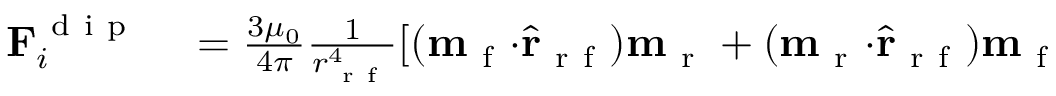
\begin{array} { r l } { \mathbf { F } _ { i } ^ { \mathrm { ~ d ~ i ~ p ~ } } } & { { } = \frac { 3 \mu _ { 0 } } { 4 \pi } \frac { 1 } { r _ { \mathrm { ~ r ~ f ~ } } ^ { 4 } } [ ( \mathbf { m } _ { \mathrm { ~ f ~ } } \mathbf { \cdot } \hat { \mathbf { r } } _ { \mathrm { ~ r ~ f ~ } } ) \mathbf { m } _ { \mathrm { ~ r ~ } } + ( \mathbf { m } _ { \mathrm { ~ r ~ } } \mathbf { \cdot } \hat { \mathbf { r } } _ { \mathrm { ~ r ~ f ~ } } ) \mathbf { m } _ { \mathrm { ~ f ~ } } } \end{array}